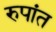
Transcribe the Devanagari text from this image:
रुपांत